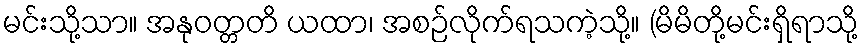
မင်းသို့သာ။ အနုဝတ္တတိ ယထာ၊ အစဉ်လိုက်ရသကဲ့သို့။ (မိမိတို့မင်းရှိရာသို့